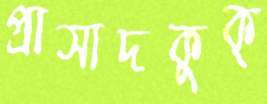
প্রাসাদকুক্